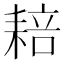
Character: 䎧